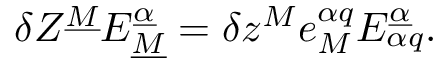
\delta Z ^ { \underline { { M } } } E _ { \underline { { M } } } ^ { \underline { { \alpha } } } = \delta z ^ { M } e _ { M } ^ { \alpha q } E _ { \alpha q } ^ { \underline { { \alpha } } } .